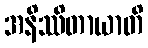
အနိဿိတာယာတိ